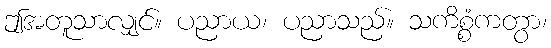
ဤအတူသာလျှင်။ ပညာယ၊ ပညာသည်။ သကိစ္စံကတွာ၊